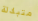
متبادلة